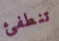
تنطفئ